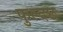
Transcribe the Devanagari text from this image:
फुल्दछ